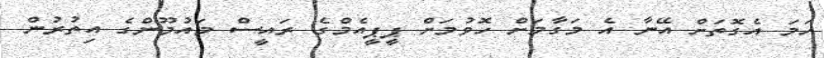
ހަމަ އެގޮތަށް އޭނާ އެ މަގާމަށް ހޮވުމަށް ޕީޕީއެމްގެ ރައީސް މައުމޫންގެ އިތުރުން